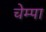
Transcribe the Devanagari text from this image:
चेम्पा